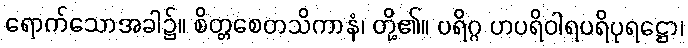
ရောက်သောအခါ၌။ စိတ္တစေတသိကာနံ၊ တို့၏။ ပရိဂ္ဂ ဟပရိဝါရပရိပုရဋ္ဌော၊